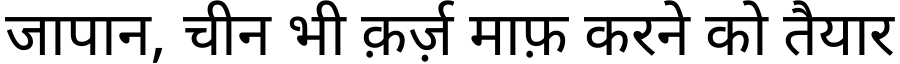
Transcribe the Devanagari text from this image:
जापान, चीन भी क़र्ज़ माफ़ करने को तैयार